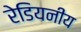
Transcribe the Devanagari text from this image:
रेडियनीय